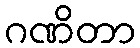
ဂဏိတာ